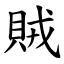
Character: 賊